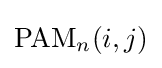
{\text{PAM}}_{n}(i,j)